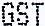
GST